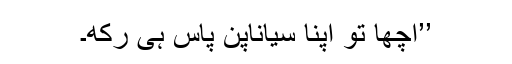
’’اچھا تو اپنا سیاناپن پاس ہی رکھ۔